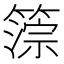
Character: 𥲚